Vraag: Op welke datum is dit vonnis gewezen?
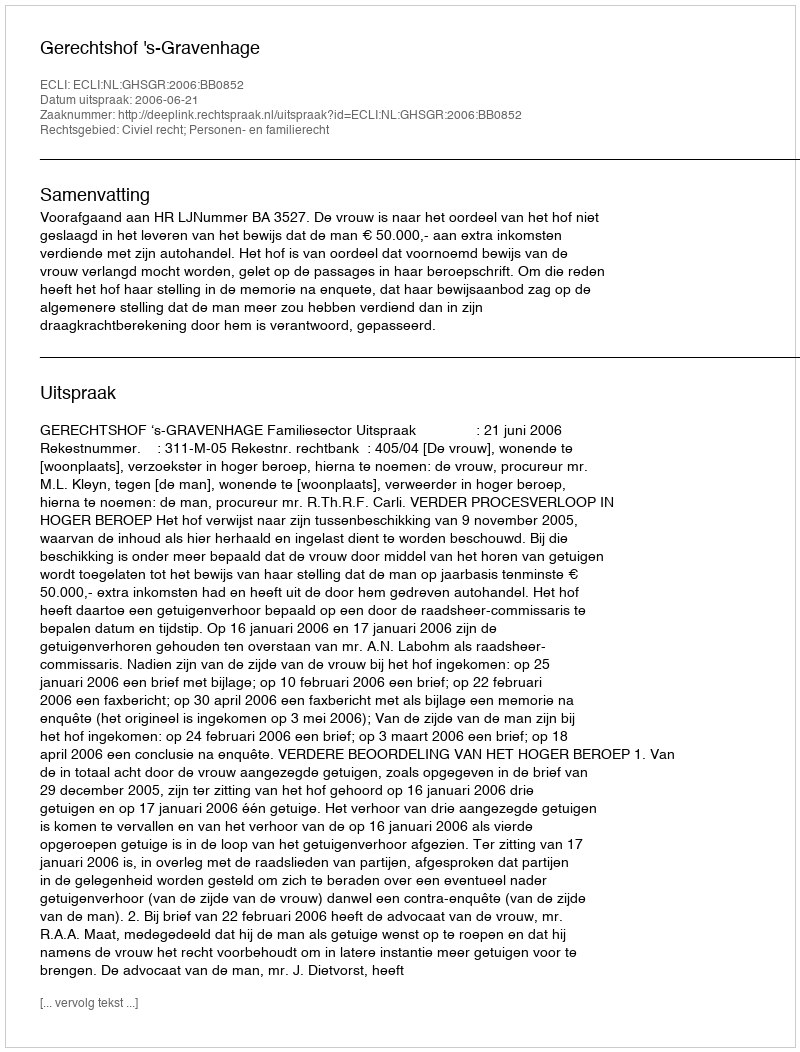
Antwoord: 2006-06-21